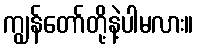
ကျွန်တော်တို့နဲ့ပါမလား။